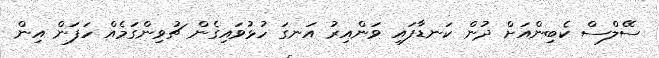
ސޭލްސް ކެބިންއަށް ދުން ކަނޑާފައި ވަންއިރު އަނގަ ހުޅުވައިގެން ޗުވިންގަމެއް ހަފަން އިން